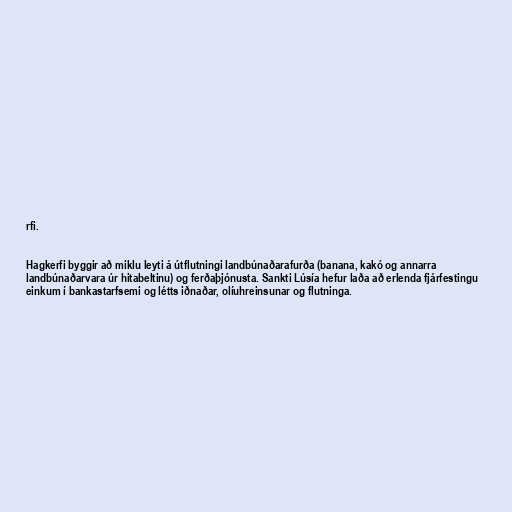
rfi.

Hagkerfi byggir að miklu leyti á útflutningi landbúnaðarafurða (banana, kakó og annarra
landbúnaðarvara úr hitabeltinu) og ferðaþjónusta. Sankti Lúsía hefur laða að erlenda fjárfestingu
einkum í bankastarfsemi og létts iðnaðar, olíuhreinsunar og flutninga.